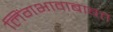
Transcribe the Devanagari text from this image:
लिंगभावाबाबत